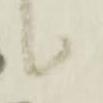
候